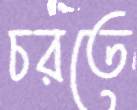
চরতে